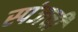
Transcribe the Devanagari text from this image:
स्पंजची